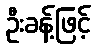
ဦးခန့်ဖြင့်